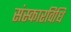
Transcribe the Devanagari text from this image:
संस्कारविधि